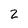
Character: 2